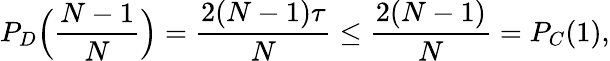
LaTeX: P_{D}\Big(\frac{N-1}{N}\Big)=\frac{2(N-1)\tau}{N}\leq\frac{2(N-1)}{N}=P_{C}(1),